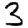
Digit: 3